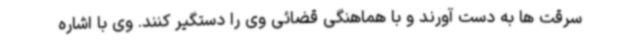
سرقت ها به دست آورند و با هماهنگی قضائی وی را دستگیر کنند. وی با اشاره